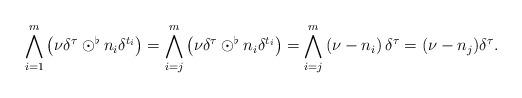
LaTeX: \begin{align*} \bigwedge_{i=1}^m \left(\nu\delta^{\tau} \odot^\flat n_i\delta^{t_i}\right) = \bigwedge_{i=j}^m \left(\nu\delta^{\tau} \odot^\flat n_i\delta^{t_i}\right) = \bigwedge_{i=j}^m \left(\nu-n_i\right)\delta^\tau = (\nu-n_j)\delta^\tau.\end{align*}